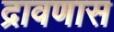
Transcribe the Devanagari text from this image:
द्रावणास